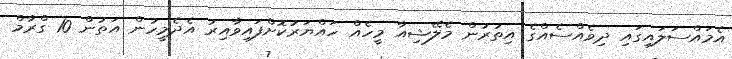
އެމައްސަލައިގައި ދިވެއްސެއްގެ އިތުރުން މެލޭޝިއާ މީހެއް ހައްޔަރުކޮށްފައިވާއިރު އެދެމީހުން އަތުން 10 ގްރާމް